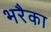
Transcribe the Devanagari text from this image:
भरैका